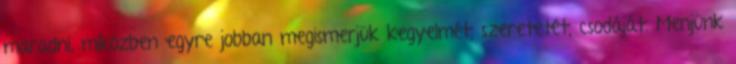
maradni, miközben egyre jobban megismerjük kegyelmét, szeretetét, csodáját. Menjünk